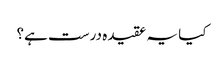
کیا یہ عقیدہ درست ہے؟